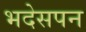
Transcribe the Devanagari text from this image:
भदेसपन